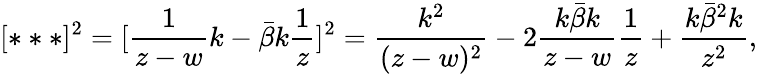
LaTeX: [***]^{2}=[\frac{1}{z-w}k-\bar{\beta}k\frac{1}{z}]^{2}=\frac{k^{2}}{(z-w)^{2}}-2\frac{k\bar{\beta}k}{z-w}\frac{1}{z}+\frac{k\bar{\beta}^{2}k}{z^{2}},